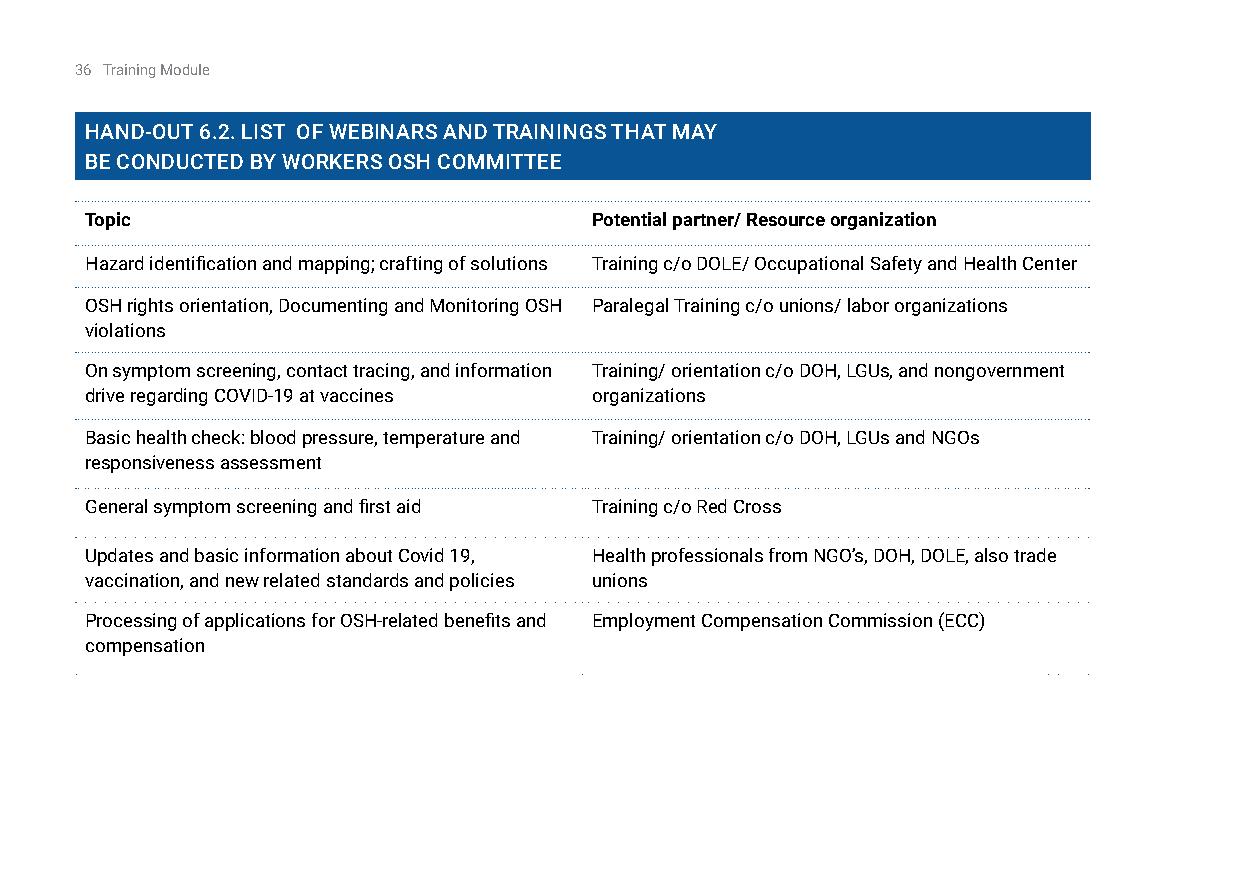
36 Training Module
 Hand-OuT 6.2. liST Of WEBinarS and TrainingS THaT May
 BE COnduCTEd By WOrkErS OSH COMMiTTEE
 Topic                            Potential partner/ Resource organization
 Hazard identification and mapping; crafting of solutions Training c/o DOLE/ Occupational Safety and Health Center
 OSH rights orientation, Documenting and Monitoring OSH Paralegal Training c/o unions/ labor organizations
 violations
 On symptom screening, contact tracing, and information Training/ orientation c/o DOH, LGUs, and nongovernment
 drive regarding COVID-19 at vaccines organizations
 Basic health check: blood pressure, temperature and Training/ orientation c/o DOH, LGUs and NGOs
 responsiveness assessment
 General symptom screening and first aid Training c/o Red Cross
 Updates and basic information about Covid 19, Health professionals from NGO’s, DOH, DOLE, also trade
 vaccination, and new related standards and policies unions
 Processing of applications for OSH-related benefits and Employment Compensation Commission (ECC)
 compensation